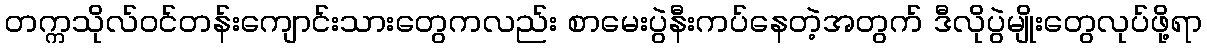
တက္ကသိုလ်ဝင်တန်းကျောင်းသားတွေကလည်း စာမေးပွဲနီးကပ်နေတဲ့အတွက် ဒီလိုပွဲမျိုးတွေလုပ်ဖို့ရာ